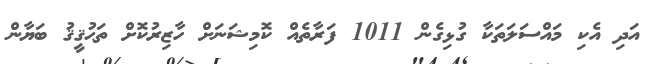
އަދި އެކި މައްސަލަތަކާ ގުޅިގެން 1011 ފަރާތެއް ކޮމިޝަނަށް ހާޒިރުކޮށް ތަޙުޤީޤު ބަޔާން